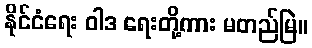
နိုင်ငံရေး ဝါဒ ရေးတို့ကား မတည်မြဲ။